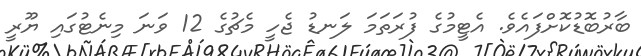
ބާރުބޮޑުކޮށްފައެވެ. އެޓީމުގެ ފުރަތަމަ ލަނޑު ޖެހީ މެޗުގެ 12 ވަނަ މިނެޓުގައި ޔޫރީ